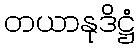
တယာနုဒိဋ္ဌံ